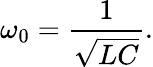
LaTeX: \omega_{0}={\frac{1}{\sqrt{LC}}}.